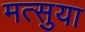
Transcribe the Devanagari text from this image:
मत्सुया